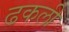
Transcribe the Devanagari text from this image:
ढकली